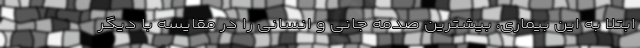
ابتلا به این بیماری، بیشترین صدمه جانی و انسانی را در مقایسه با دیگر